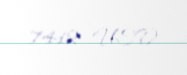
7412 USD